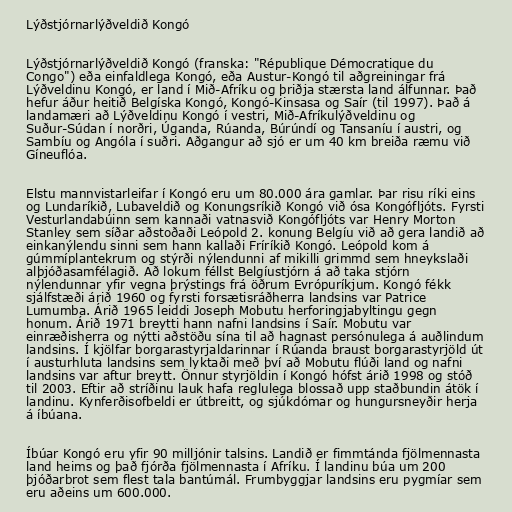
Lýðstjórnarlýðveldið Kongó

Lýðstjórnarlýðveldið Kongó (franska: "République Démocratique du
Congo") eða einfaldlega Kongó, eða Austur-Kongó til aðgreiningar frá
Lýðveldinu Kongó, er land í Mið-Afríku og þriðja stærsta land álfunnar. Það
hefur áður heitið Belgíska Kongó, Kongó-Kinsasa og Saír (til 1997). Það á
landamæri að Lýðveldinu Kongó í vestri, Mið-Afríkulýðveldinu og
Suður-Súdan í norðri, Úganda, Rúanda, Búrúndí og Tansaníu í austri, og
Sambíu og Angóla í suðri. Aðgangur að sjó er um 40 km breiða ræmu við
Gíneuflóa.

Elstu mannvistarleifar í Kongó eru um 80.000 ára gamlar. Þar risu ríki eins
og Lundaríkið, Lubaveldið og Konungsríkið Kongó við ósa Kongófljóts. Fyrsti
Vesturlandabúinn sem kannaði vatnasvið Kongófljóts var Henry Morton
Stanley sem síðar aðstoðaði Leópold 2. konung Belgíu við að gera landið að
einkanýlendu sinni sem hann kallaði Fríríkið Kongó. Leópold kom á
gúmmíplantekrum og stýrði nýlendunni af mikilli grimmd sem hneykslaði
alþjóðasamfélagið. Að lokum féllst Belgíustjórn á að taka stjórn
nýlendunnar yfir vegna þrýstings frá öðrum Evrópuríkjum. Kongó fékk
sjálfstæði árið 1960 og fyrsti forsætisráðherra landsins var Patrice
Lumumba. Árið 1965 leiddi Joseph Mobutu herforingjabyltingu gegn
honum. Árið 1971 breytti hann nafni landsins í Saír. Mobutu var
einræðisherra og nýtti aðstöðu sína til að hagnast persónulega á auðlindum
landsins. Í kjölfar borgarastyrjaldarinnar í Rúanda braust borgarastyrjöld út
í austurhluta landsins sem lyktaði með því að Mobutu flúði land og nafni
landsins var aftur breytt. Önnur styrjöldin í Kongó hófst árið 1998 og stóð
til 2003. Eftir að stríðinu lauk hafa reglulega blossað upp staðbundin átök í
landinu. Kynferðisofbeldi er útbreitt, og sjúkdómar og hungursneyðir herja
á íbúana.

Íbúar Kongó eru yfir 90 milljónir talsins. Landið er fimmtánda fjölmennasta
land heims og það fjórða fjölmennasta í Afríku. Í landinu búa um 200
þjóðarbrot sem flest tala bantúmál. Frumbyggjar landsins eru pygmíar sem
eru aðeins um 600.000.